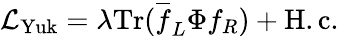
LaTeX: {\cal L}_{\mathrm{Yuk}}=\lambda\mathrm{Tr}(\overline{{{f}}}_{L}\Phi f_{R})+\mathrm{H.c.}